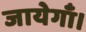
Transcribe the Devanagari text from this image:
जायेगाँ।